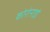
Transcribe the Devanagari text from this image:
कोरोनाडो